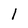
Character: 1